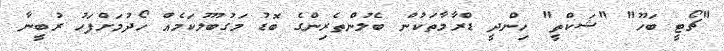
"ޗޯޓީ ބަހޫ" "ޝަކްތީ" ހިންދީ ޑްރާމާތަކުން ބެލުންތެރިންގެ ބޮޑު މަގުބޫލުކަމެއް ހޯދުމަށްފަހު ރުބީނާ